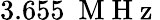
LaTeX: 3.655~\mathrm{~M~H~z~}